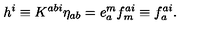
h ^ { i } \equiv K ^ { a b i } \eta _ { a b } = e _ { a } ^ { m } f _ { m } ^ { a i } \equiv f _ { a } ^ { a i } .